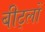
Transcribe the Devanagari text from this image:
बीट्लों